Scientific memoirs by medical officers of the Army of India - Part VIII,
Year: 1894
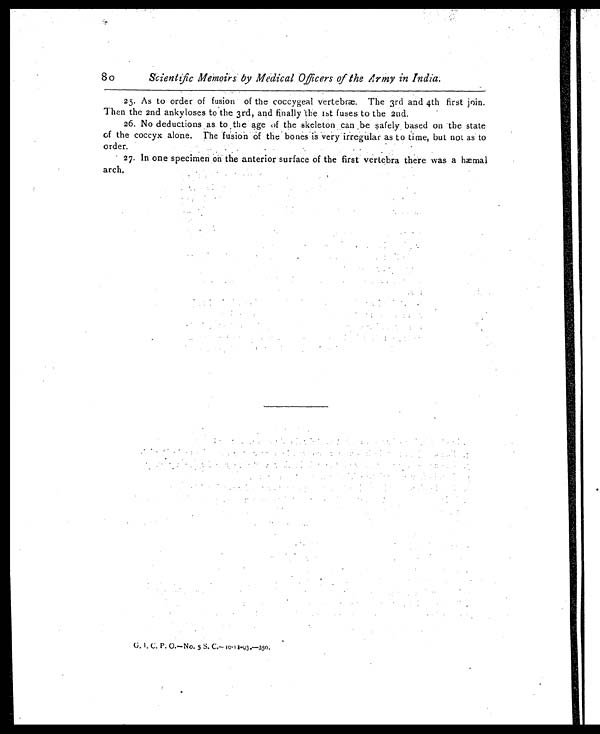
80
Scientific Memoirs by Medical Officers of the Army in India.
25. As to order of fusion of the coccygeal vertebræ. The 3rd and 4th first join.
Then the 2nd ankyloses to the 3rd, and finally the 1st fuses to the 2nd.
26. No deductions as to the age of the skeleton can be safely based on the state
of the coccyx alone. The fusion of the bones is very irregular as to time, but not as to
order.
27. In one specimen on the anterior surface of the first vertebra there was a hæmal
arch.
G. I. C. P. O.—No. 5 S. C.— 10-11-43.—350.